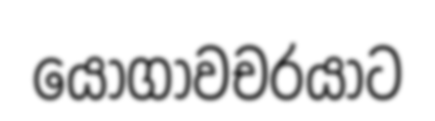
යෝගාවචරයාට